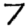
Digit: 7